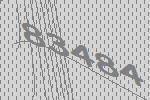
83484